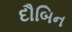
દૌબિન